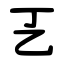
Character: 㐉